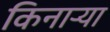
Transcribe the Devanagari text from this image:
किनार्‍या